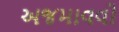
અજમાવવો